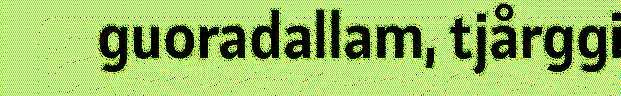
guoradallam, tjårggi